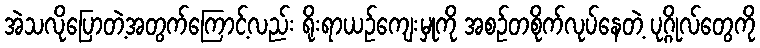
အဲသလိုပြောတဲ့အတွက်ကြောင့်လည်း ရိုးရာယဉ်ကျေးမှုကို အစဉ်တစိုက်လုပ်နေတဲ့ ပုဂ္ဂိုလ်တွေကို